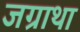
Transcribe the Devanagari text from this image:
जग्राथा